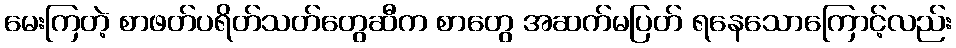
မေးကြတဲ့ စာဖတ်ပရိတ်သတ်တွေဆီက စာတွေ အဆက်မပြတ် ရနေသောကြောင့်လည်း